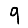
Digit: 9